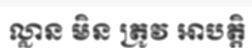
ល្លាន មិន ត្រូវ អាបត្តិ